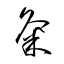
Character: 粂